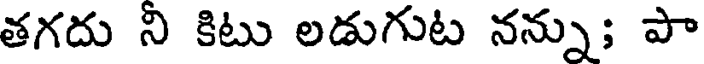
తగదు ని కిటు లడుగుట నన్ను; పా